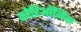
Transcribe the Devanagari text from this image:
कोरिऑनिक